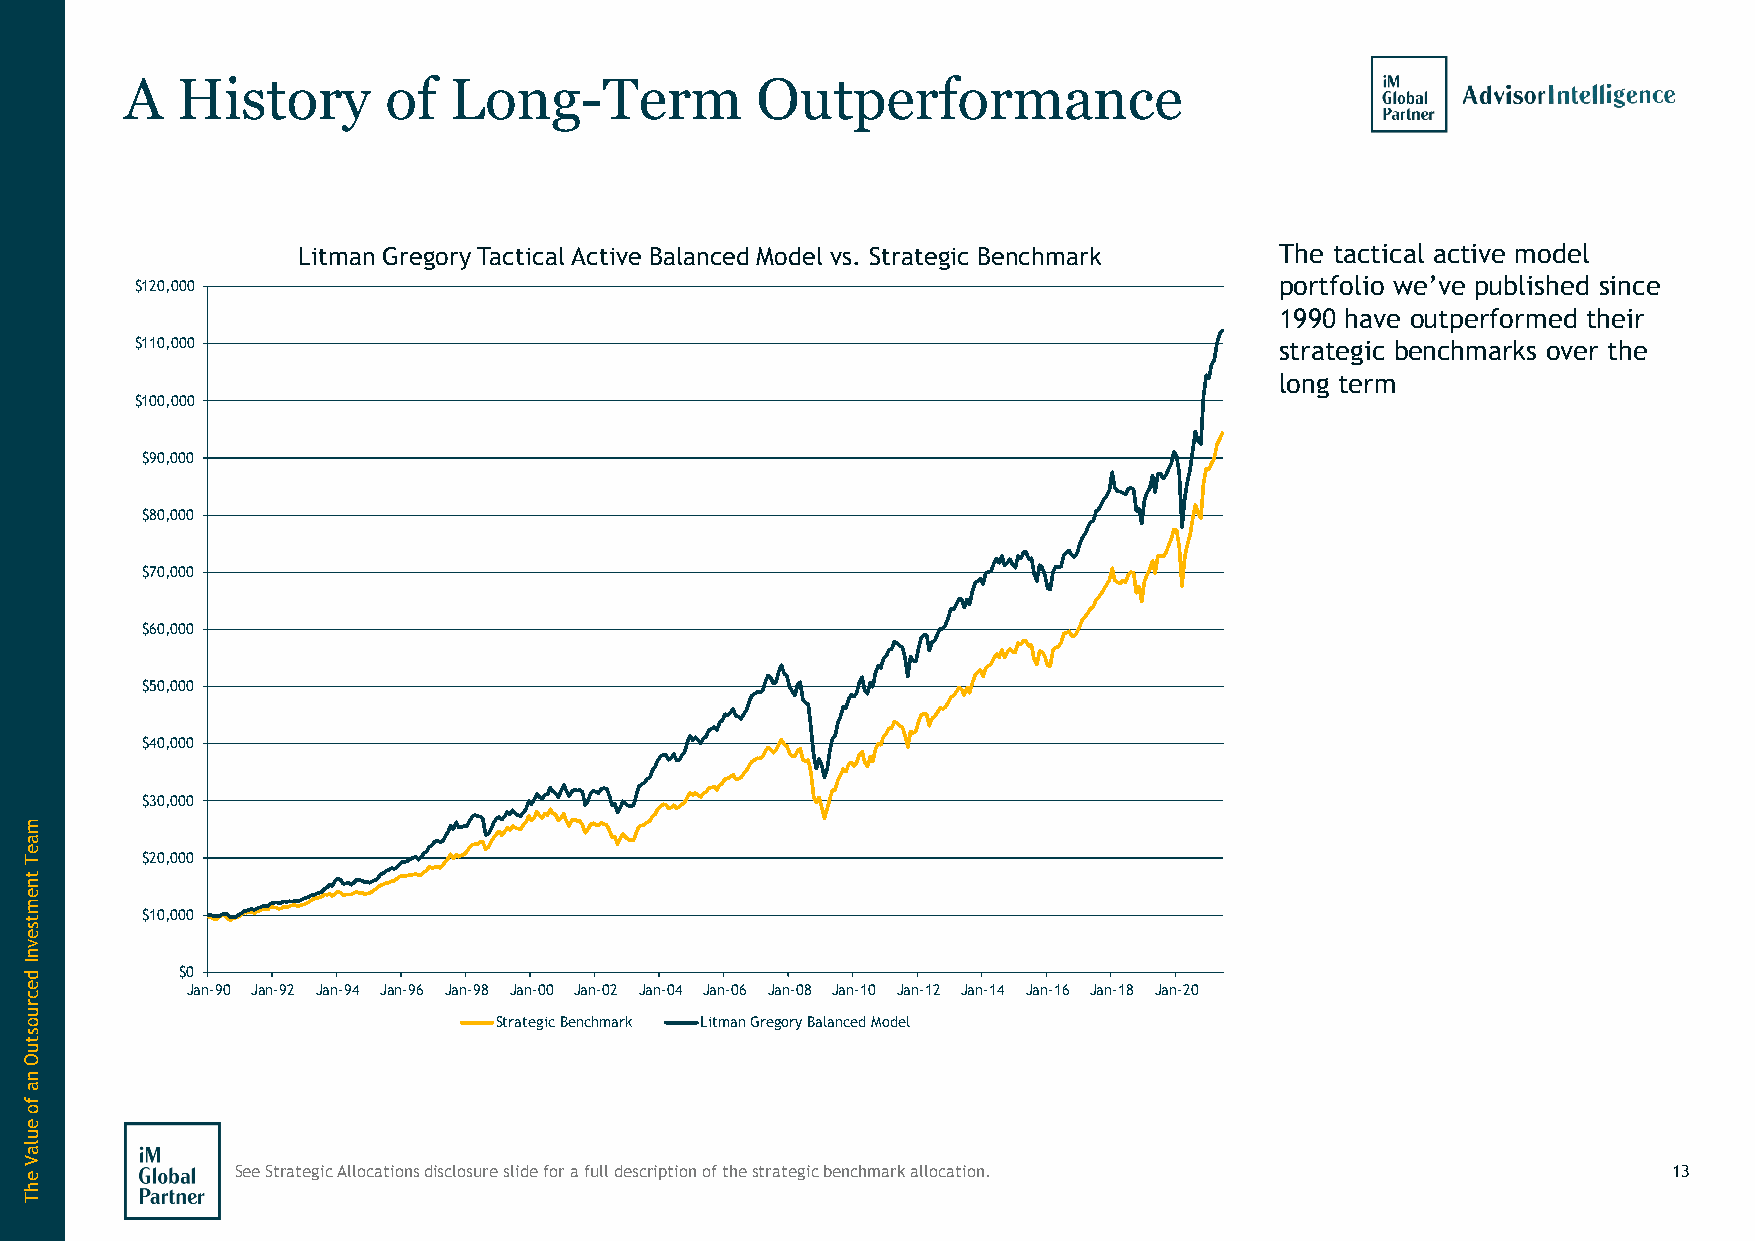
A   History       of  Long-Term           Outperformance
 Lit man G rego ry Tact ical Ac tive Ba lanced Model vs. Strategic Benchmark The tactical active model
 $120,000                                                                    portfolio we’ve published since
 1990 have outperformed their
 $110,000                                                                    strategic benchmarks over the
 long term
 $100,000
 $90,000
 $80,000
 $70,000
 $60,000
 $50,000
 $40,000
 $30,000
 $20,000
 $10,000
 $0
 Jan-90 Jan-92 Jan-94 Jan-96 Jan-98 Jan-00 Jan-02 Jan-04 Jan-06 Jan-08 Jan-10 Jan-12 Jan-14 Jan-16 Jan-18 Jan-20
 Strategic Benchmark Litman Gregory Balanced Model
 See Strategic Allocations disclosure slide for a full description of the strategic benchmark allocation. 13
 maeT
 tnemtsevnI
 decruostuO
 na
 fo
 eulaV
 ehT